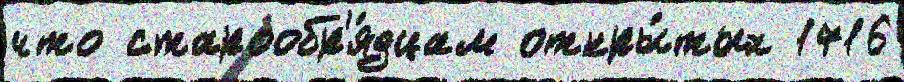
что старообр'я́дцам откры́тых 1716